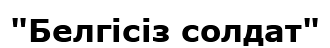
"Белгісіз солдат"